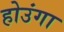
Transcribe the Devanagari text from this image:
होउंगा